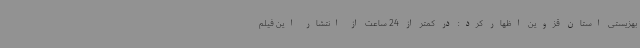
بهزیستی استان قزوین اظهار کرد: در کمتر از 24 ساعت از انتشار این فیلم